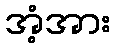
အံ့အား